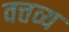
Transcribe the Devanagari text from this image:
वत्तव्य